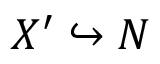
X ^ { \prime } \hookrightarrow N